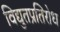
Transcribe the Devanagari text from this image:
विद्युतप्रतिरोध